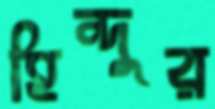
হিন্দুর